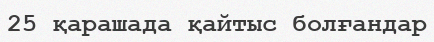
25 қарашада қайтыс болғандар